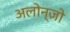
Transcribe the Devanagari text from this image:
अलोन्ज़ो